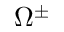
\Omega ^ { \pm }